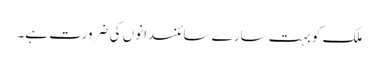
ملک کو بہت سارے سائنسدانوں کی ضرورت ہے۔